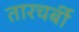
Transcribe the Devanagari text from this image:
तारचर्बी